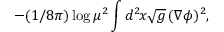
- ( 1 / 8 \pi ) \log \mu ^ { 2 } \int d ^ { 2 } \! x \sqrt { g } \, ( \nabla \phi ) ^ { 2 } ,